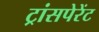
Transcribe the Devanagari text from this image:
ट्रांसपेरेंट